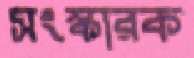
সংস্কারক